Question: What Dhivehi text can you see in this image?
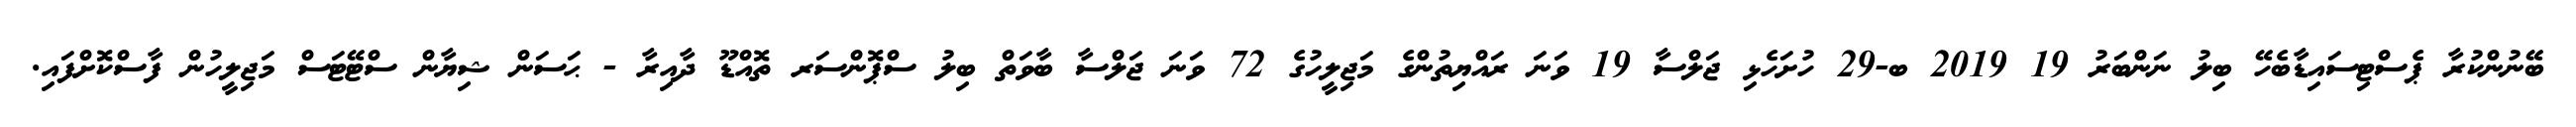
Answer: ބޭނުންކުރާ ޕެސްޓިސައިޑާބެހޭ ބިލު ނަންބަރު 19 2019 ބ-29 ހުށަހެޅި ޖަލްސާ 19 ވަނަ ރައްޔިތުންގެ މަޖިލީހުގެ 72 ވަނަ ޖަލްސާ ބާވަތް ބިލު ސްޕޮންސަރ ތޮއްޑޫ ދާއިރާ - ޙަސަން ޝިޔާން ސްޓޭޓަސް މަޖިލީހުން ފާސްކޮށްފައި.